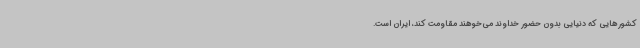
کشورهایی که دنیایی بدون حضور خداوند می‌خوهند مقاومت کند، ایران است.